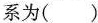
系为( )